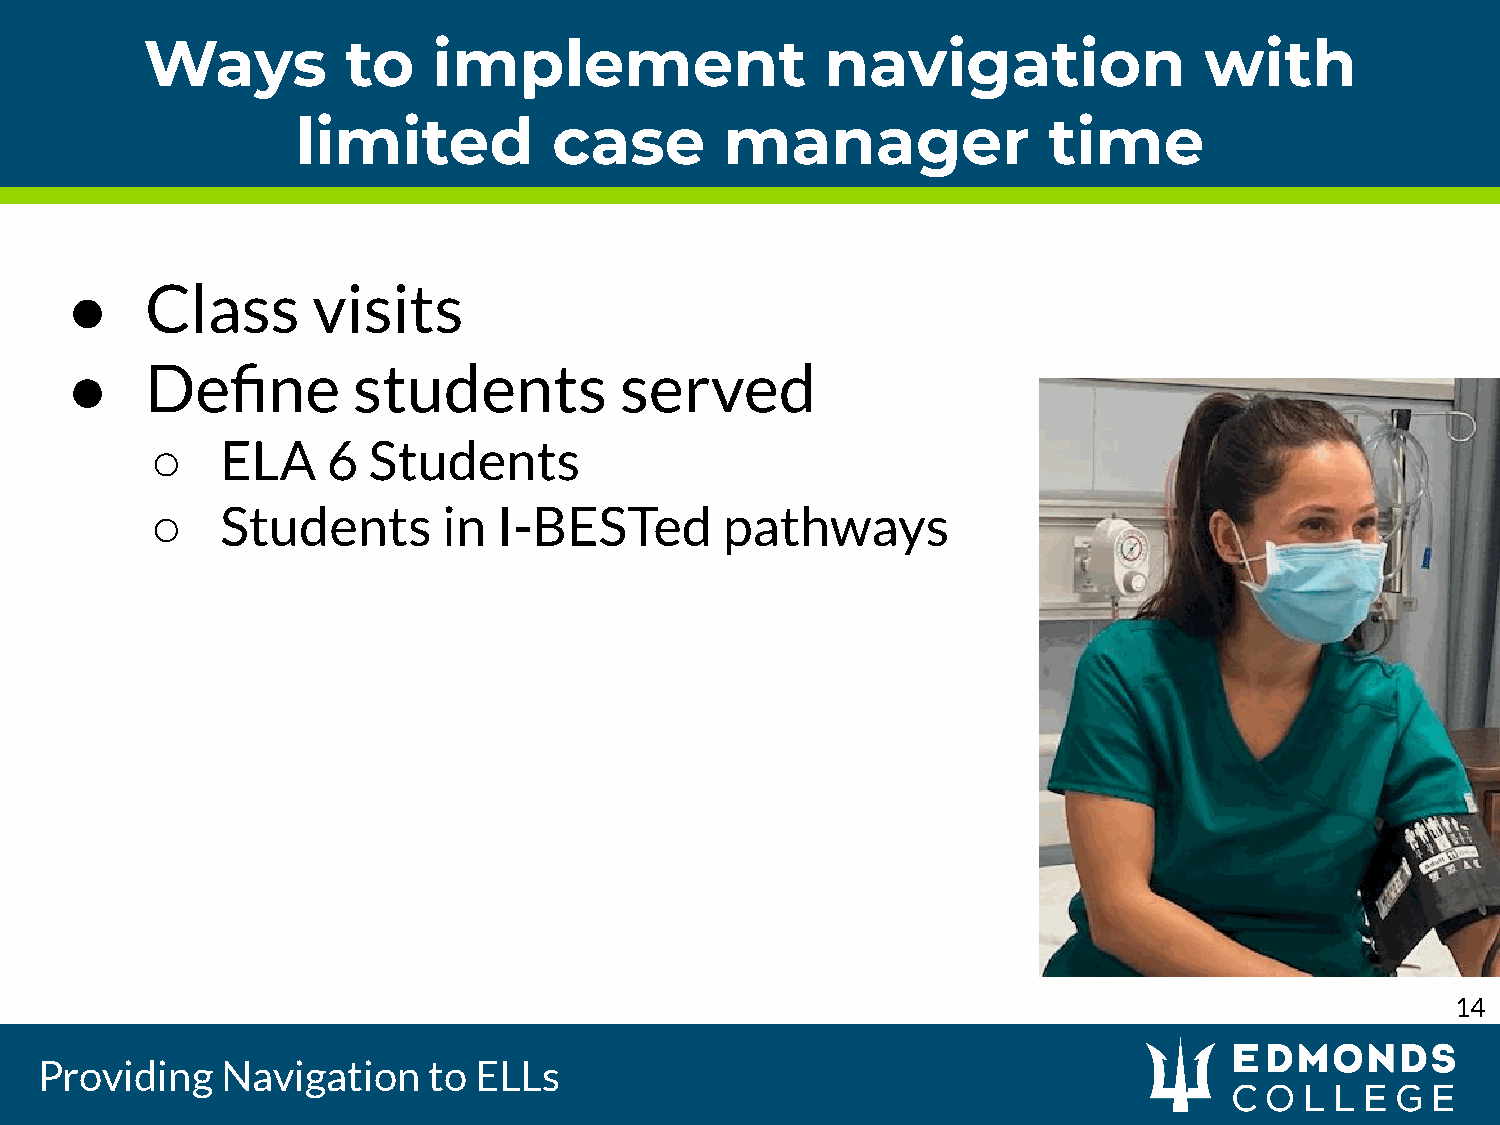
Ways          to    implement                 navigation               with
 limited          case       manager              time
 ●     Class      visits
 ●     Define       students          served
 ○    ELA    6 Students
 ○    Students      in  I-BESTed       pathways
 14
 Providing    Navigation   to ELLs